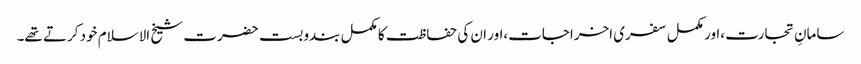
سامانِ تجارت ،اور مکمل سفری اخراجات،اور ان کی حفاظت کا مکمل بندوبست حضرت شیخ الاسلام خود کرتے تھے۔